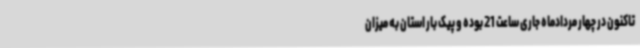
تاکنون در چهار مردادماه جاری ساعت 21 بوده و پیک بار استان به میزان